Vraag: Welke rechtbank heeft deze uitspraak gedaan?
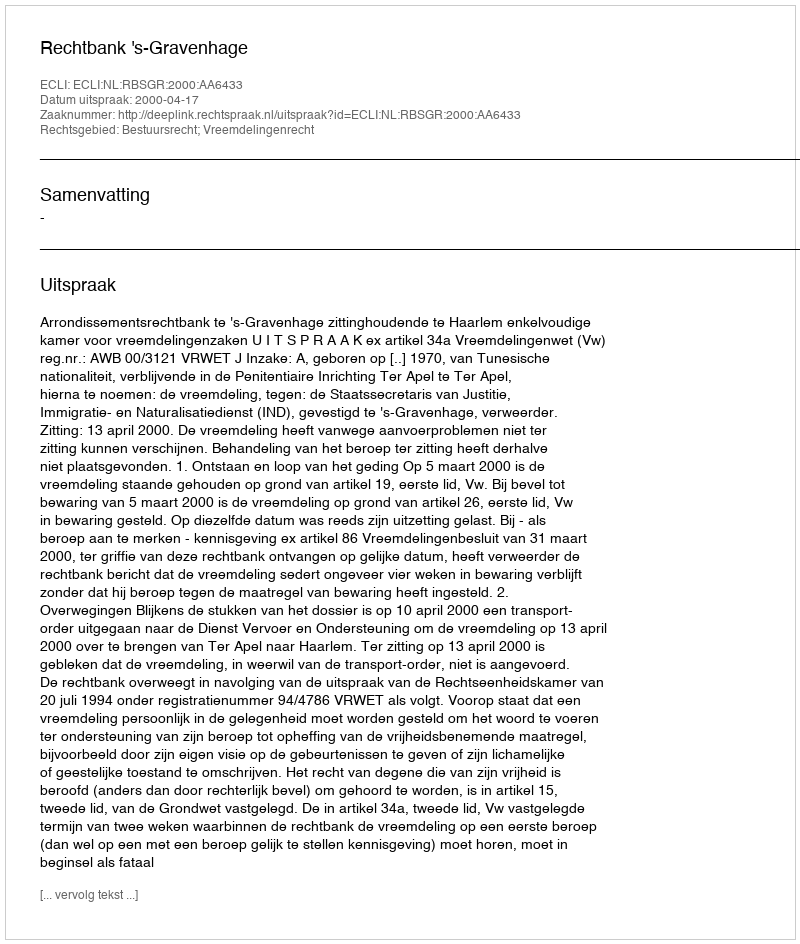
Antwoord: Rechtbank 's-Gravenhage